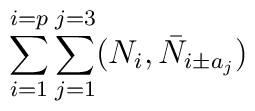
\sum_{i=1}^{i=p} \sum_{j=1}^{j=3} (N_i, \bar{N}_{i \pm a_j})